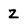
Character: Z